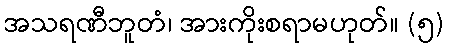
အသရဏီဘူတံ၊ အားကိုးစရာမဟုတ်။ (၅)